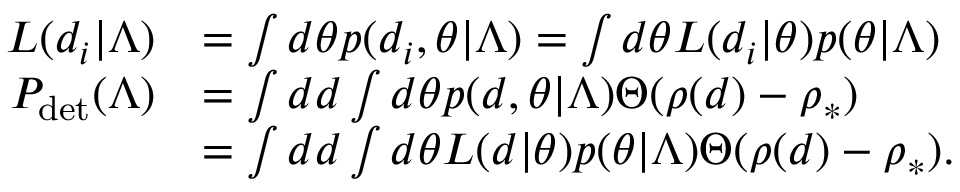
\begin{array} { r l } { { \cal L } ( d _ { i } | \Lambda ) } & { = \int d \theta p ( d _ { i } , \theta | \Lambda ) = \int d \theta { \cal L } ( d _ { i } | \theta ) p ( \theta | \Lambda ) } \\ { P _ { \mathrm { d e t } } ( \Lambda ) } & { = \int d d \int d \theta p ( d , \theta | \Lambda ) \Theta ( \rho ( d ) - \rho _ { * } ) } \\ & { = \int d d \int d \theta { \cal L } ( d | \theta ) p ( \theta | \Lambda ) \Theta ( \rho ( d ) - \rho _ { * } ) . } \end{array}